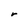
Character: r